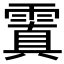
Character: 𩄚